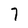
Character: 7